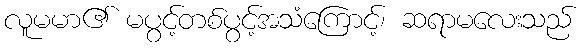
လူမမာ၏ မပွင့်တစ်ပွင့်အသံကြောင့်၊ ဆရာမလေးသည်